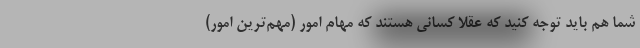
شما هم باید توجه کنید که عقلا کسانی هستند که مهام امور (مهم‌ترین امور)